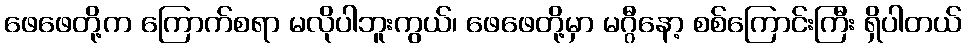
ဖေဖေတို့က ကြောက်စရာ မလိုပါဘူးကွယ်၊ ဖေဖေတို့မှာ မဂ္ဂီနော့ စစ်ကြောင်းကြီး ရှိပါတယ်